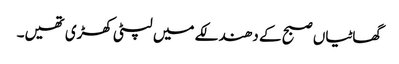
گھاٹیاں صبح کے دھندلکے میں لپٹی کھڑی تھیں۔